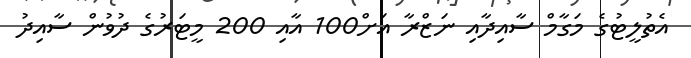
އެތުލީޓުގެ މަގާމް ސާއިދާއި ނަޒްރާ އަށް100 އާއި 200 މީޓަރުގެ ދުވުން ސާއިދު